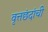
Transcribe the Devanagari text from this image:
वृत्तछंदांची